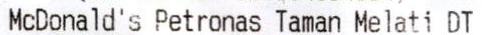
MCDONALD'S PETRONAS TAMAN MELATI DT